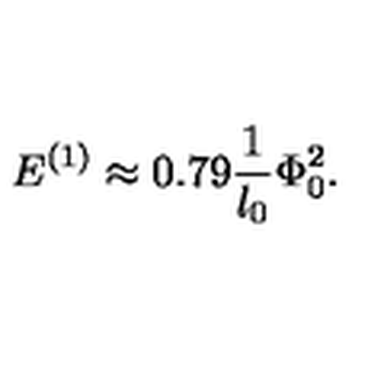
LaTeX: E ^ { ( 1 ) } \approx 0 . 7 9 \frac { 1 } { l _ { 0 } } \Phi _ { 0 } ^ { 2 } .